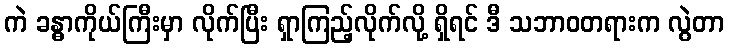
ကဲ ခန္ဓာကိုယ်ကြီးမှာ လိုက်ပြီး ရှာကြည့်လိုက်လို့ ရှိရင် ဒီ သဘာဝတရားက လွဲတာ